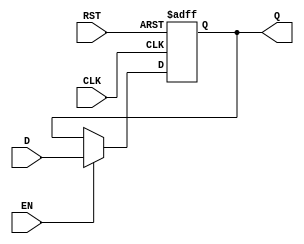
module stage_register #(
    parameter WIDTH = 8  // Parameter to define the bit-width of the register
)(
    input wire [WIDTH-1:0] D,     // Data input
    input wire CLK,                // Clock input
    input wire RST,                // Asynchronous reset
    input wire EN,                 // Enable signal
    output reg [WIDTH-1:0] Q       // Data output
);

// Asynchronous reset and synchronous data capture
always @(posedge CLK or posedge RST) begin
    if (RST) begin
        Q <= {WIDTH{1'b0}};         // Reset output to zero
    end else if (EN) begin
        Q <= D;                     // Latch data on clock edge when enabled
    end
    // If EN is not asserted, Q retains its previous value
end

endmodule